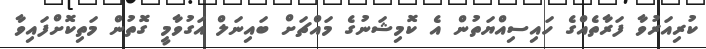
ކުރިއަރުވާ ފަރާތެއްގެ ހައިސިއްޔަތުން އެ ކޮމިޝަނުގެ މައްޗަށް ބައިނަލް އަގުވާމީ ގޮތުން މަތިކޮށްފައިވާ